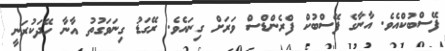
ފޭސްބުކްއެވެ. އާނާގެ ފޭސްބުކް ފްރެންޑްސް ވަރަށް ގިނައެވެ. ރޭގަޑު ގިނަވަގުތު އާނާ ހޭދަކުރަނީ